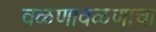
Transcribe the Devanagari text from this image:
वळणावळणाचा